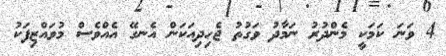
4 ވަނަ ކަމަކީ މެންދުރު ނަމާދު ވަގުތު ޖެހިދިއަކަން އެނގޭ އެއްވެސް މުވައްޒިފަކު